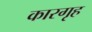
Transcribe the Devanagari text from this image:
कारगृह